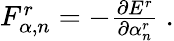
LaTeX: \begin{array}{r}{F_{\alpha,n}^{r}=-\frac{\partial E^{r}}{\partial\alpha_{n}^{r}}\ .}\end{array}